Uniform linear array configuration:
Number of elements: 64
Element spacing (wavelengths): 1
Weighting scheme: cosine
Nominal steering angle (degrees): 60
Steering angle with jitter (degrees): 59.853
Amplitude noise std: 0.05
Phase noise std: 0.05

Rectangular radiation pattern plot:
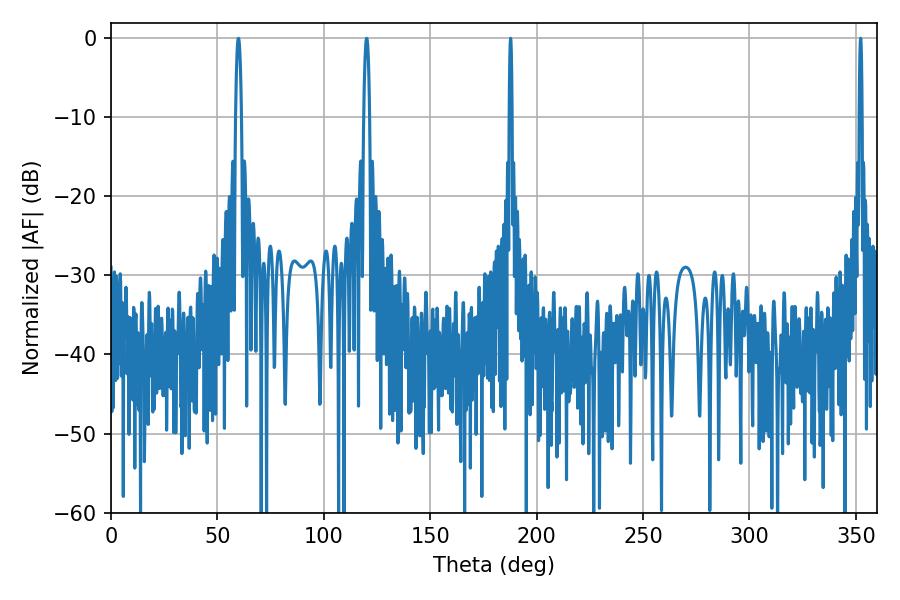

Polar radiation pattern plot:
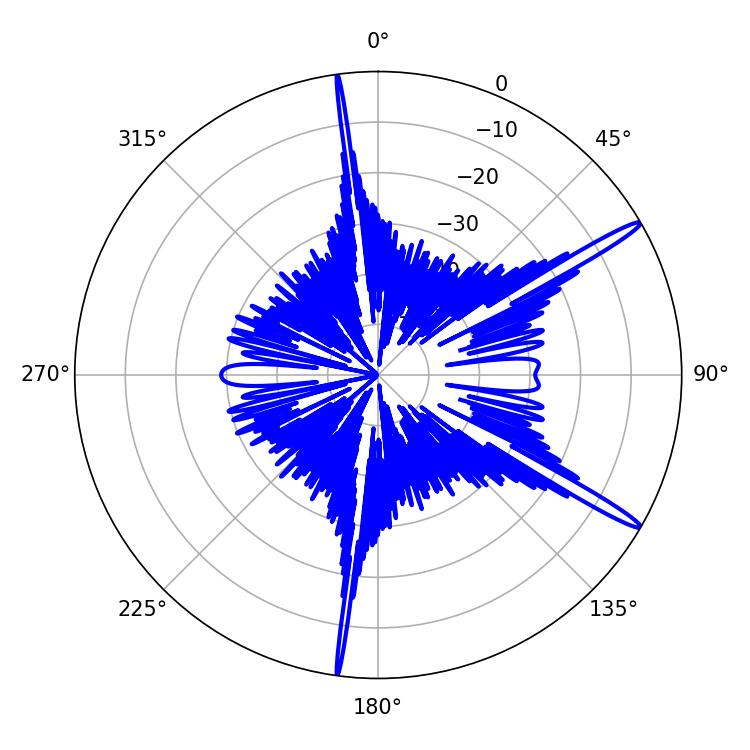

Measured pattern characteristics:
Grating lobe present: TRUE
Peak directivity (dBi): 16.023
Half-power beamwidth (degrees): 0.72
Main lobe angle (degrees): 187.74